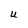
Character: U